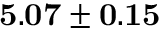
{ \bf 5 . 0 7 \pm 0 . 1 5 }